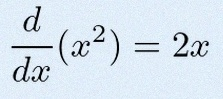
\frac{d}{dx}(x^2)=2x